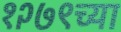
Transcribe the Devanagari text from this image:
१२७९च्या